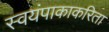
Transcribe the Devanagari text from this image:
स्वयंपाकाकरिता